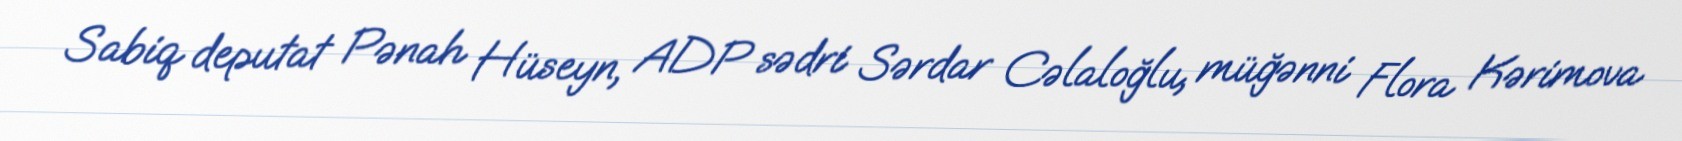
Sabiq deputat Pənah Hüseyn, ADP sədri Sərdar Cəlaloğlu, müğənni Flora Kərimova